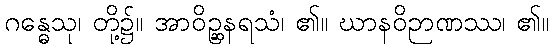
ဂန္ဓေသု၊ တို့၌။ အာဝိဉ္ဆနရသံ၊ ၏။ ဃာနဝိဉာဏဿ၊ ၏။